Report on vaccination proceedings throughout the Government of Bengal -
Year: 1868
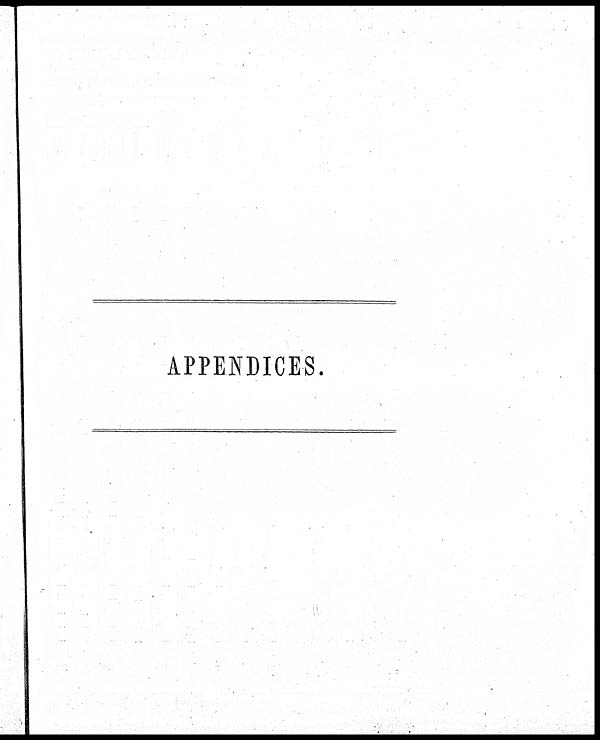
APPENDICES.